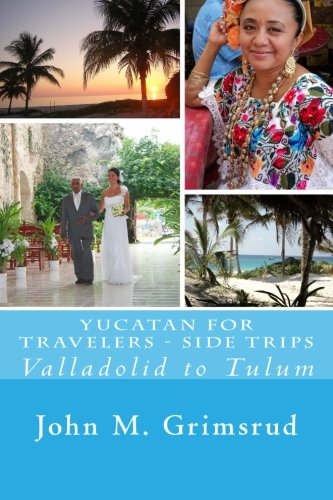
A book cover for Yucatan for Travelers - Side Trips: Valladolid to Tulum; John M. Grimsrud; Travel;